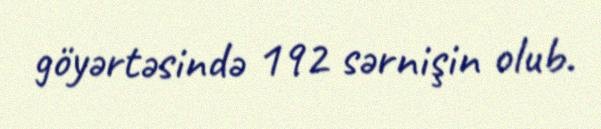
göyərtəsində 192 sərnişin olub.